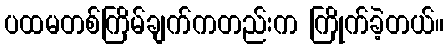
ပထမတစ်ကြိမ်ချက်ကတည်းက ကြိုက်ခဲ့တယ်။